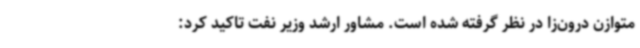
متوازن درون‌زا در نظر گرفته شده است. مشاور ارشد وزیر نفت تاکید کرد: